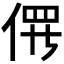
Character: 𫢱